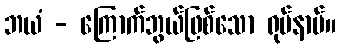
ဘယံ - ကြောက်ဘွယ်ဖြစ်သော ရုပ်နာမ်။